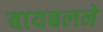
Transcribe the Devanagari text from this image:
बायबलने